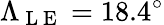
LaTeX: \Lambda_{\mathrm{~L~E~}}=18.4^{\circ}